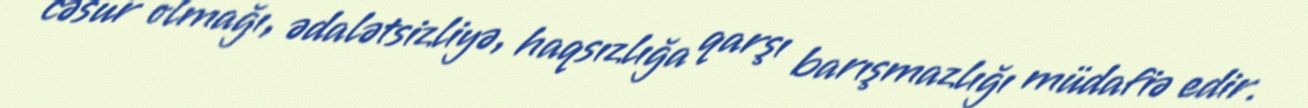
cəsur olmağı, ədalətsizliyə, haqsızlığa qarşı barışmazlığı müdafiə edir.